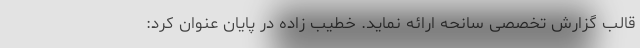
قالب گزارش تخصصی سانحه ارائه نماید. خطیب زاده در پایان عنوان‌ کرد: